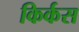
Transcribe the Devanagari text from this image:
किर्कस